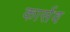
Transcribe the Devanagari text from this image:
कार्सव